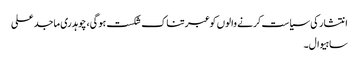
انتشار کی سیاست کرنے والوں کو عبرتناک شکست ہوگی، چوہدری ماجد علی
ساہیوال۔